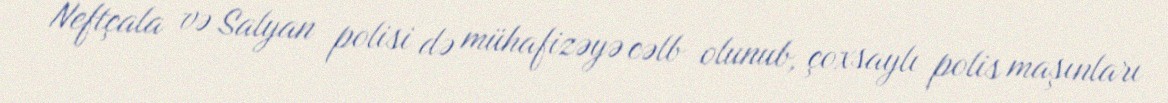
Neftçala və Salyan polisi də mühafizəyə cəlb olunub, çoxsaylı polis maşınları